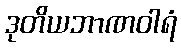
ဒုတိယဘာဏဝါရံ